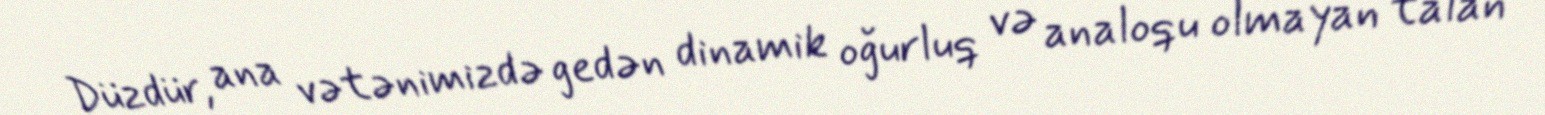
Düzdür, ana vətənimizdə gedən dinamik oğurluq və analoqu olmayan talan